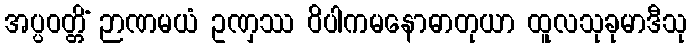
အပ္ပဝတ္တိံ ဉာဏမယံ ဥဏှဿ ဝိပါကမနောဓာတုယာ ထူလသုခုမာဒီသု